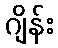
ဂျိန်း